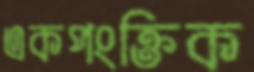
একপংক্তিক